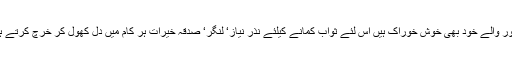
لاہور والے خود بھی خوش خوراک ہیں اس لئے ثواب کمانے کیلئے نذر نیاز‘ لنگر‘ صدقہ خیرات ہر کام میں دل کھول کر خرچ کرتے ہیں۔